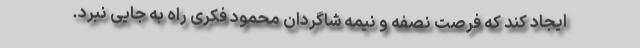
ایجاد کند که فرصت نصفه و نیمه شاگردان محمود فکری راه به جایی نبرد.